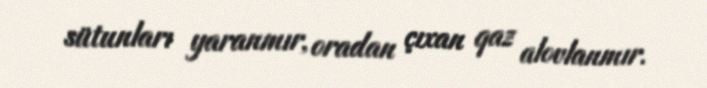
sütunları yaranmır, oradan çıxan qaz alovlanmır.